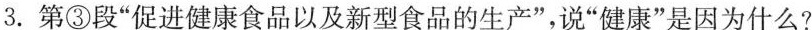
3.第③段”促进健康食品以及新型食品的生产”，说”健康”是因为什么?